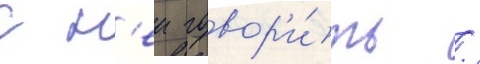
с н'еи говор'и́ть /